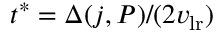
t ^ { * } = \Delta ( j , P ) / ( 2 v _ { \mathrm { l r } } )